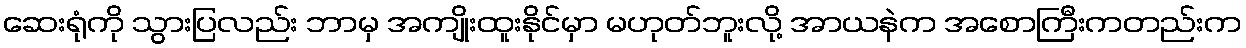
ဆေးရုံကို သွားပြလည်း ဘာမှ အကျိုးထူးနိုင်မှာ မဟုတ်ဘူးလို့ အာယနဲက အစောကြီးကတည်းက